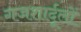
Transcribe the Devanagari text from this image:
गजशार्दूलों